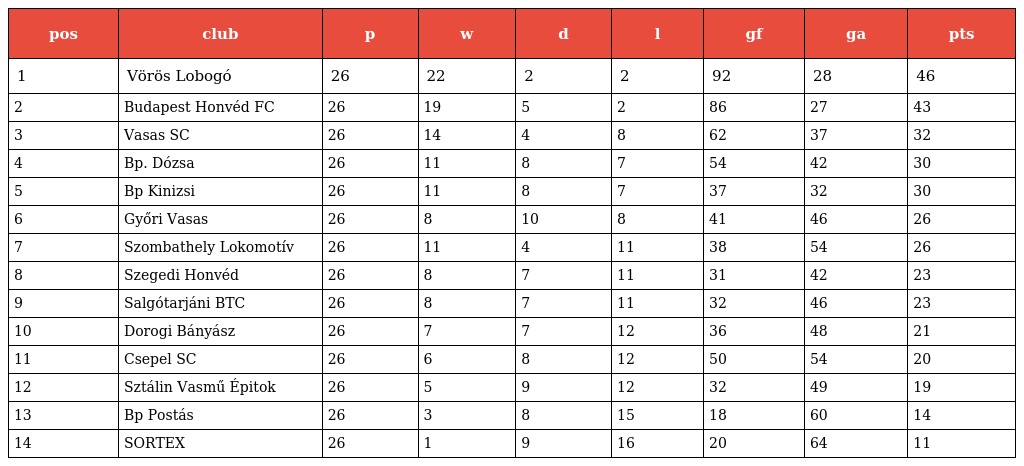
| pos | club | p | w | d | l | gf | ga | pts |
 | --- | --- | --- | --- | --- | --- | --- | --- | --- |
 | 1 | Vörös Lobogó | 26 | 22 | 2 | 2 | 92 | 28 | 46 |
 | 2 | Budapest Honvéd FC | 26 | 19 | 5 | 2 | 86 | 27 | 43 |
 | 3 | Vasas SC | 26 | 14 | 4 | 8 | 62 | 37 | 32 |
 | 4 | Bp. Dózsa | 26 | 11 | 8 | 7 | 54 | 42 | 30 |
 | 5 | Bp Kinizsi | 26 | 11 | 8 | 7 | 37 | 32 | 30 |
 | 6 | Győri Vasas | 26 | 8 | 10 | 8 | 41 | 46 | 26 |
 | 7 | Szombathely Lokomotív | 26 | 11 | 4 | 11 | 38 | 54 | 26 |
 | 8 | Szegedi Honvéd | 26 | 8 | 7 | 11 | 31 | 42 | 23 |
 | 9 | Salgótarjáni BTC | 26 | 8 | 7 | 11 | 32 | 46 | 23 |
 | 10 | Dorogi Bányász | 26 | 7 | 7 | 12 | 36 | 48 | 21 |
 | 11 | Csepel SC | 26 | 6 | 8 | 12 | 50 | 54 | 20 |
 | 12 | Sztálin Vasmű Épitok | 26 | 5 | 9 | 12 | 32 | 49 | 19 |
 | 13 | Bp Postás | 26 | 3 | 8 | 15 | 18 | 60 | 14 |
 | 14 | SORTEX | 26 | 1 | 9 | 16 | 20 | 64 | 11 |